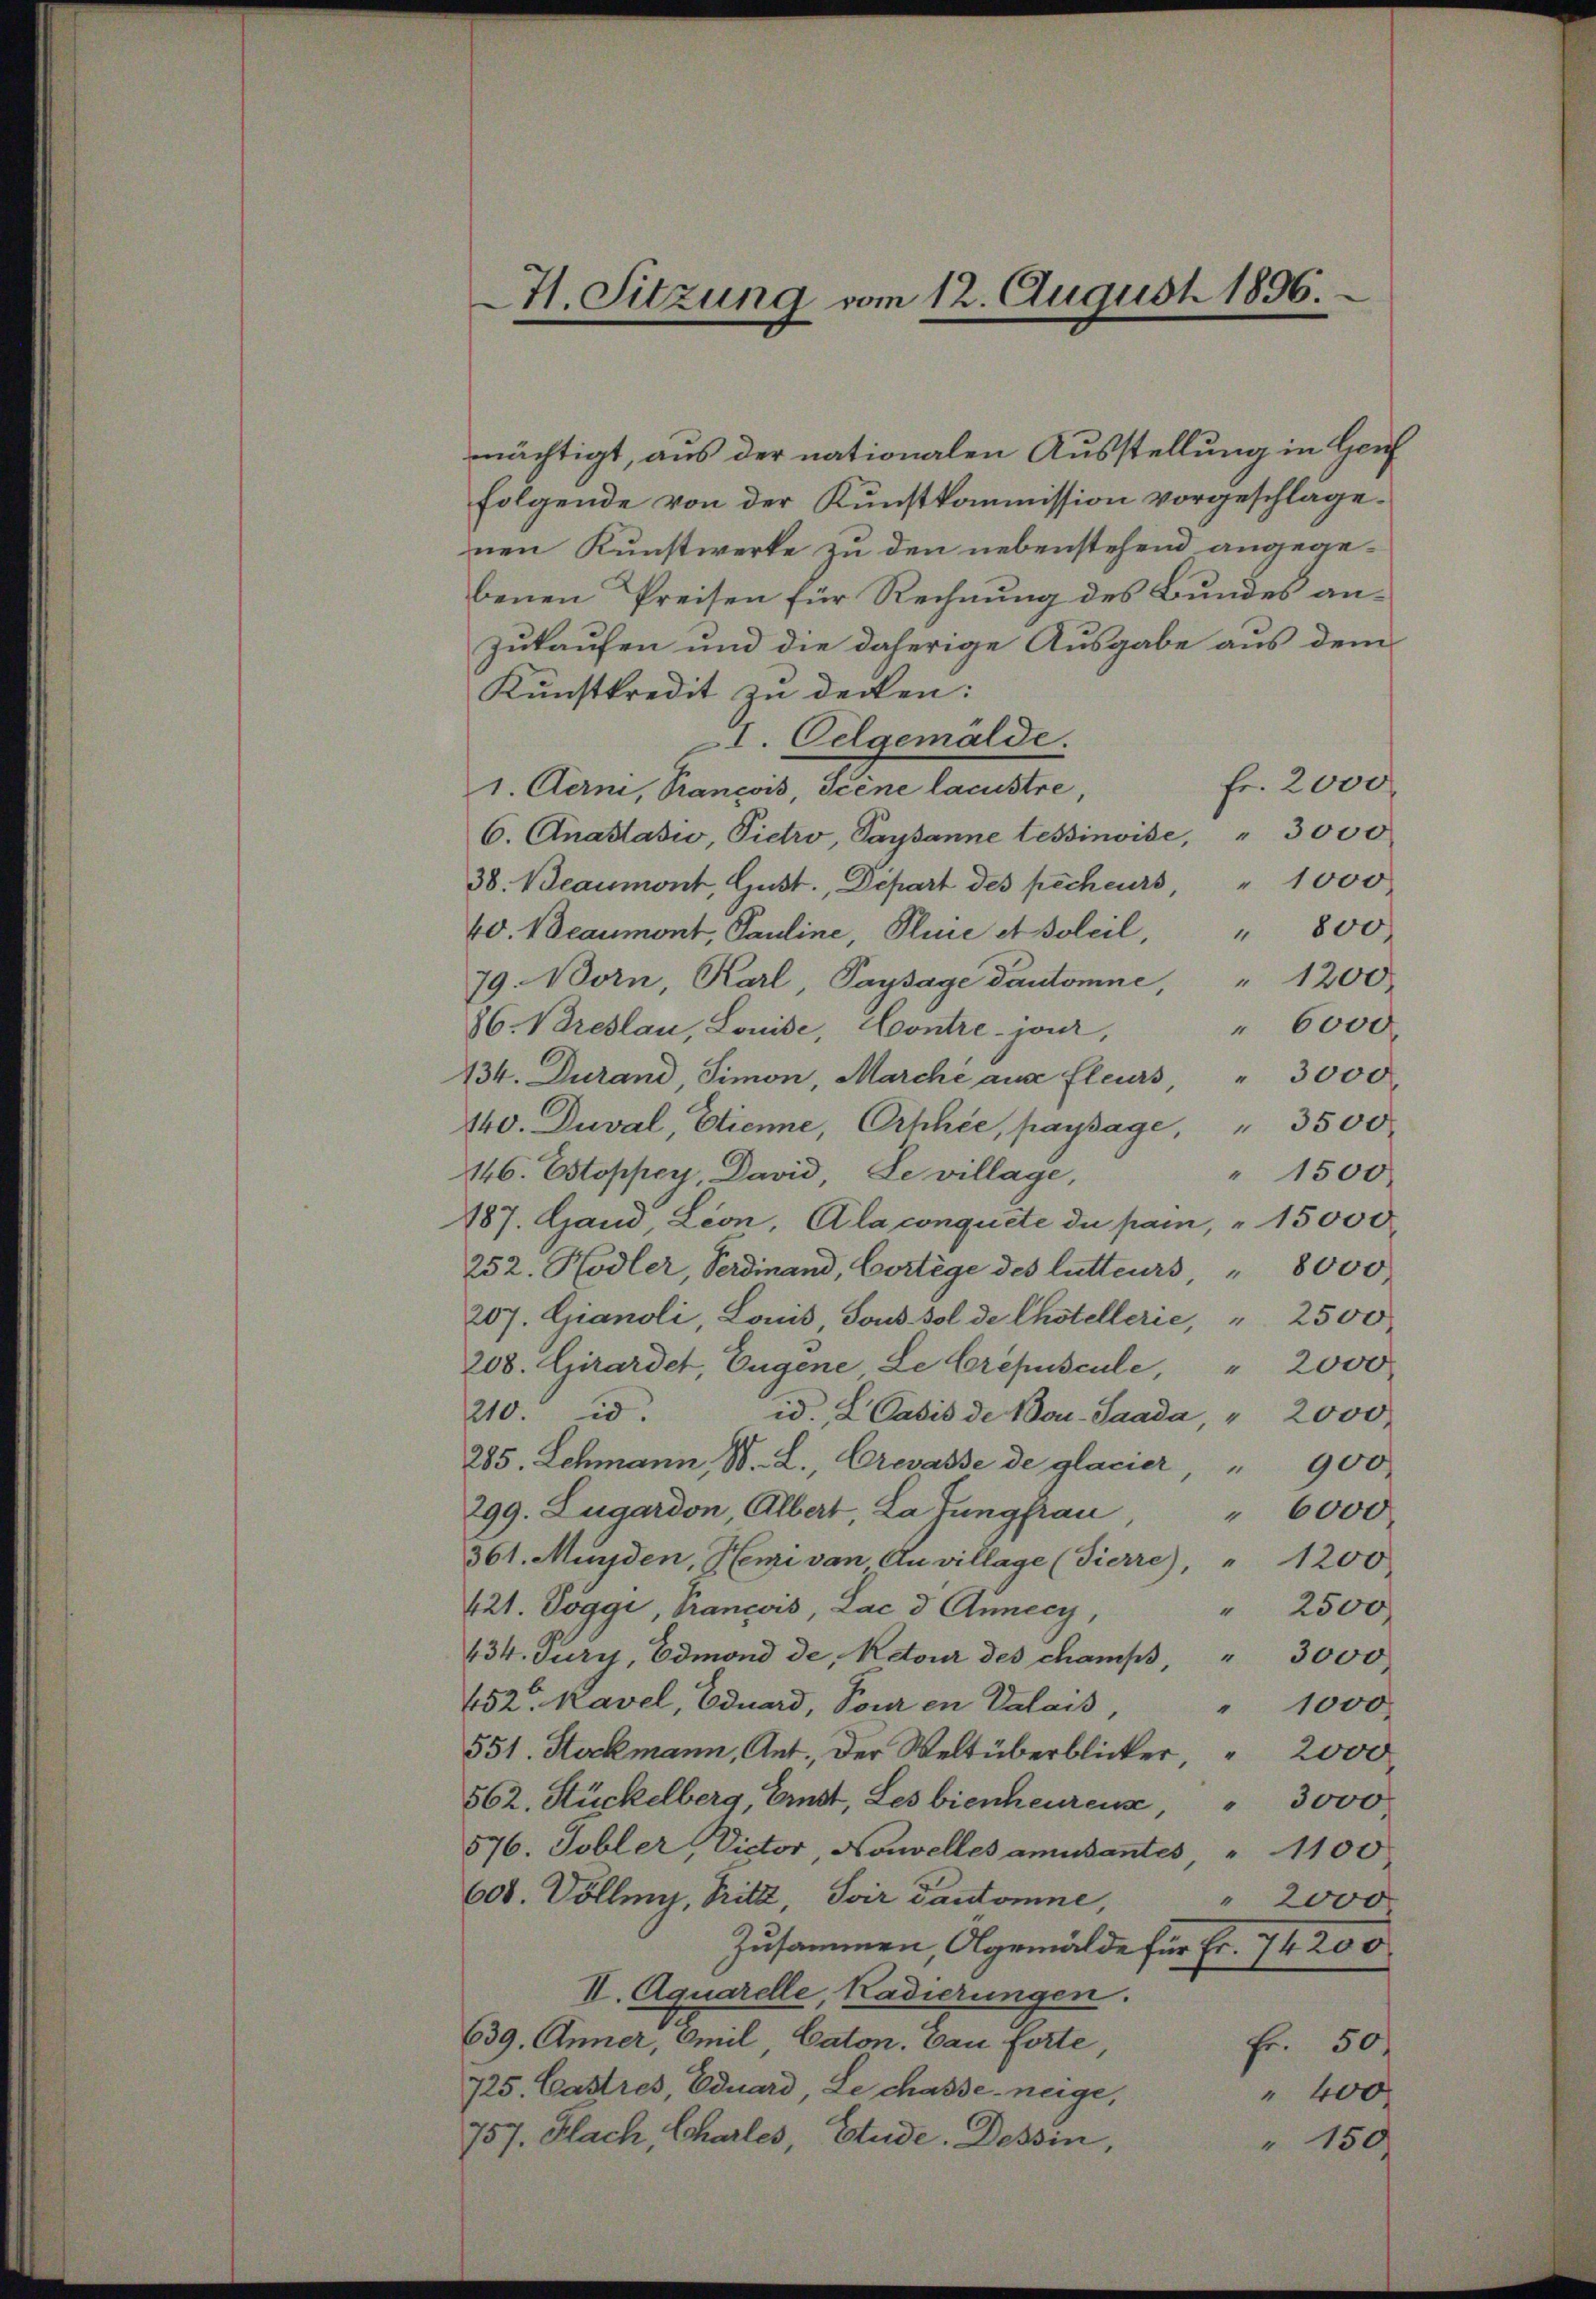
41. Sitzung vom 12. August 1896.

mächtigt, aus der nationalen Ausstellung in Genf
folgende von der Kunstkommission vorgeschlagenen Kunstwerke zu den nebenstehend angegebenen Preisen für Rechnung des Bundes anzukaufen und die daherige Ausgabe aus dem
Kunstkredit zu decken:
I. Oelgemelde.
Fr. 2000
1. Aerni, Pancois, Scene lacustre,
6. Anastasio, Pietro, Paysanne tessinoise, " 3000
38. Beaumont, Gust., Depart des pecheurs, " 1000
40. Beaumont, Pauline, Plure et Soleil, " 800
79. Norn, Karl Paysage Dautomne, " 1200
" 6000
86. Breslau, Louise Contre-jour,
434. Durand, Simon, Marche aus fleurs " 3000
140. Duval, Etienne, Orhhée, paysage, " 3500
146. Estoppey, David, Le village,
" 1500
187. Hand, Leon, la conquete de pai, " 15000
252. Hodler, Verdinand, Bertige des lutteurs, " 8000
207. Gianoli, Lonis Sous sol de Chotellerie, " 2500
208. Girardet, Eugene, Le Crepuscule, " 2000
id. L. Casis de Bou-Saada, " 2000
210
285. Schmann, W. L., Crevasse de glacier, " 900
299. Lugardon Albert, La Jungfrau
" 6000
361. Münden, Henzi von Anvillage (Fierre), " 1200
421. Poggi, Prancois, Lac d Annecy
" 2500
434. Jury, Edmond de, Retour des champs, " 3000
452. Kavel, Eduard, Tour in Valais
" 1000
551. Stockmann, Ant. Der Weltüberblicker, " 2000
562. Stückelberg, Emst, Les bienheuren, " 3000.
576. Tobler Victor Nouvelles amüsantes " 1100
600. Vollenz, Tritt, Soir Tantomne,
" 2000
Zusammen Algemälde für Fr. 74200.
II. Aquarelle, Kadierungen.
639. Anner, Emil, Caton. Bau forte,
Fr. 50.
725. Castres, Eduard, Le chasse, neige,
" 400
757. Hach, Charles, Etude. Tessin,
" 150,